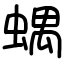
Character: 𧍪